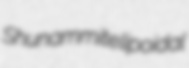
Shunammite lipoidal